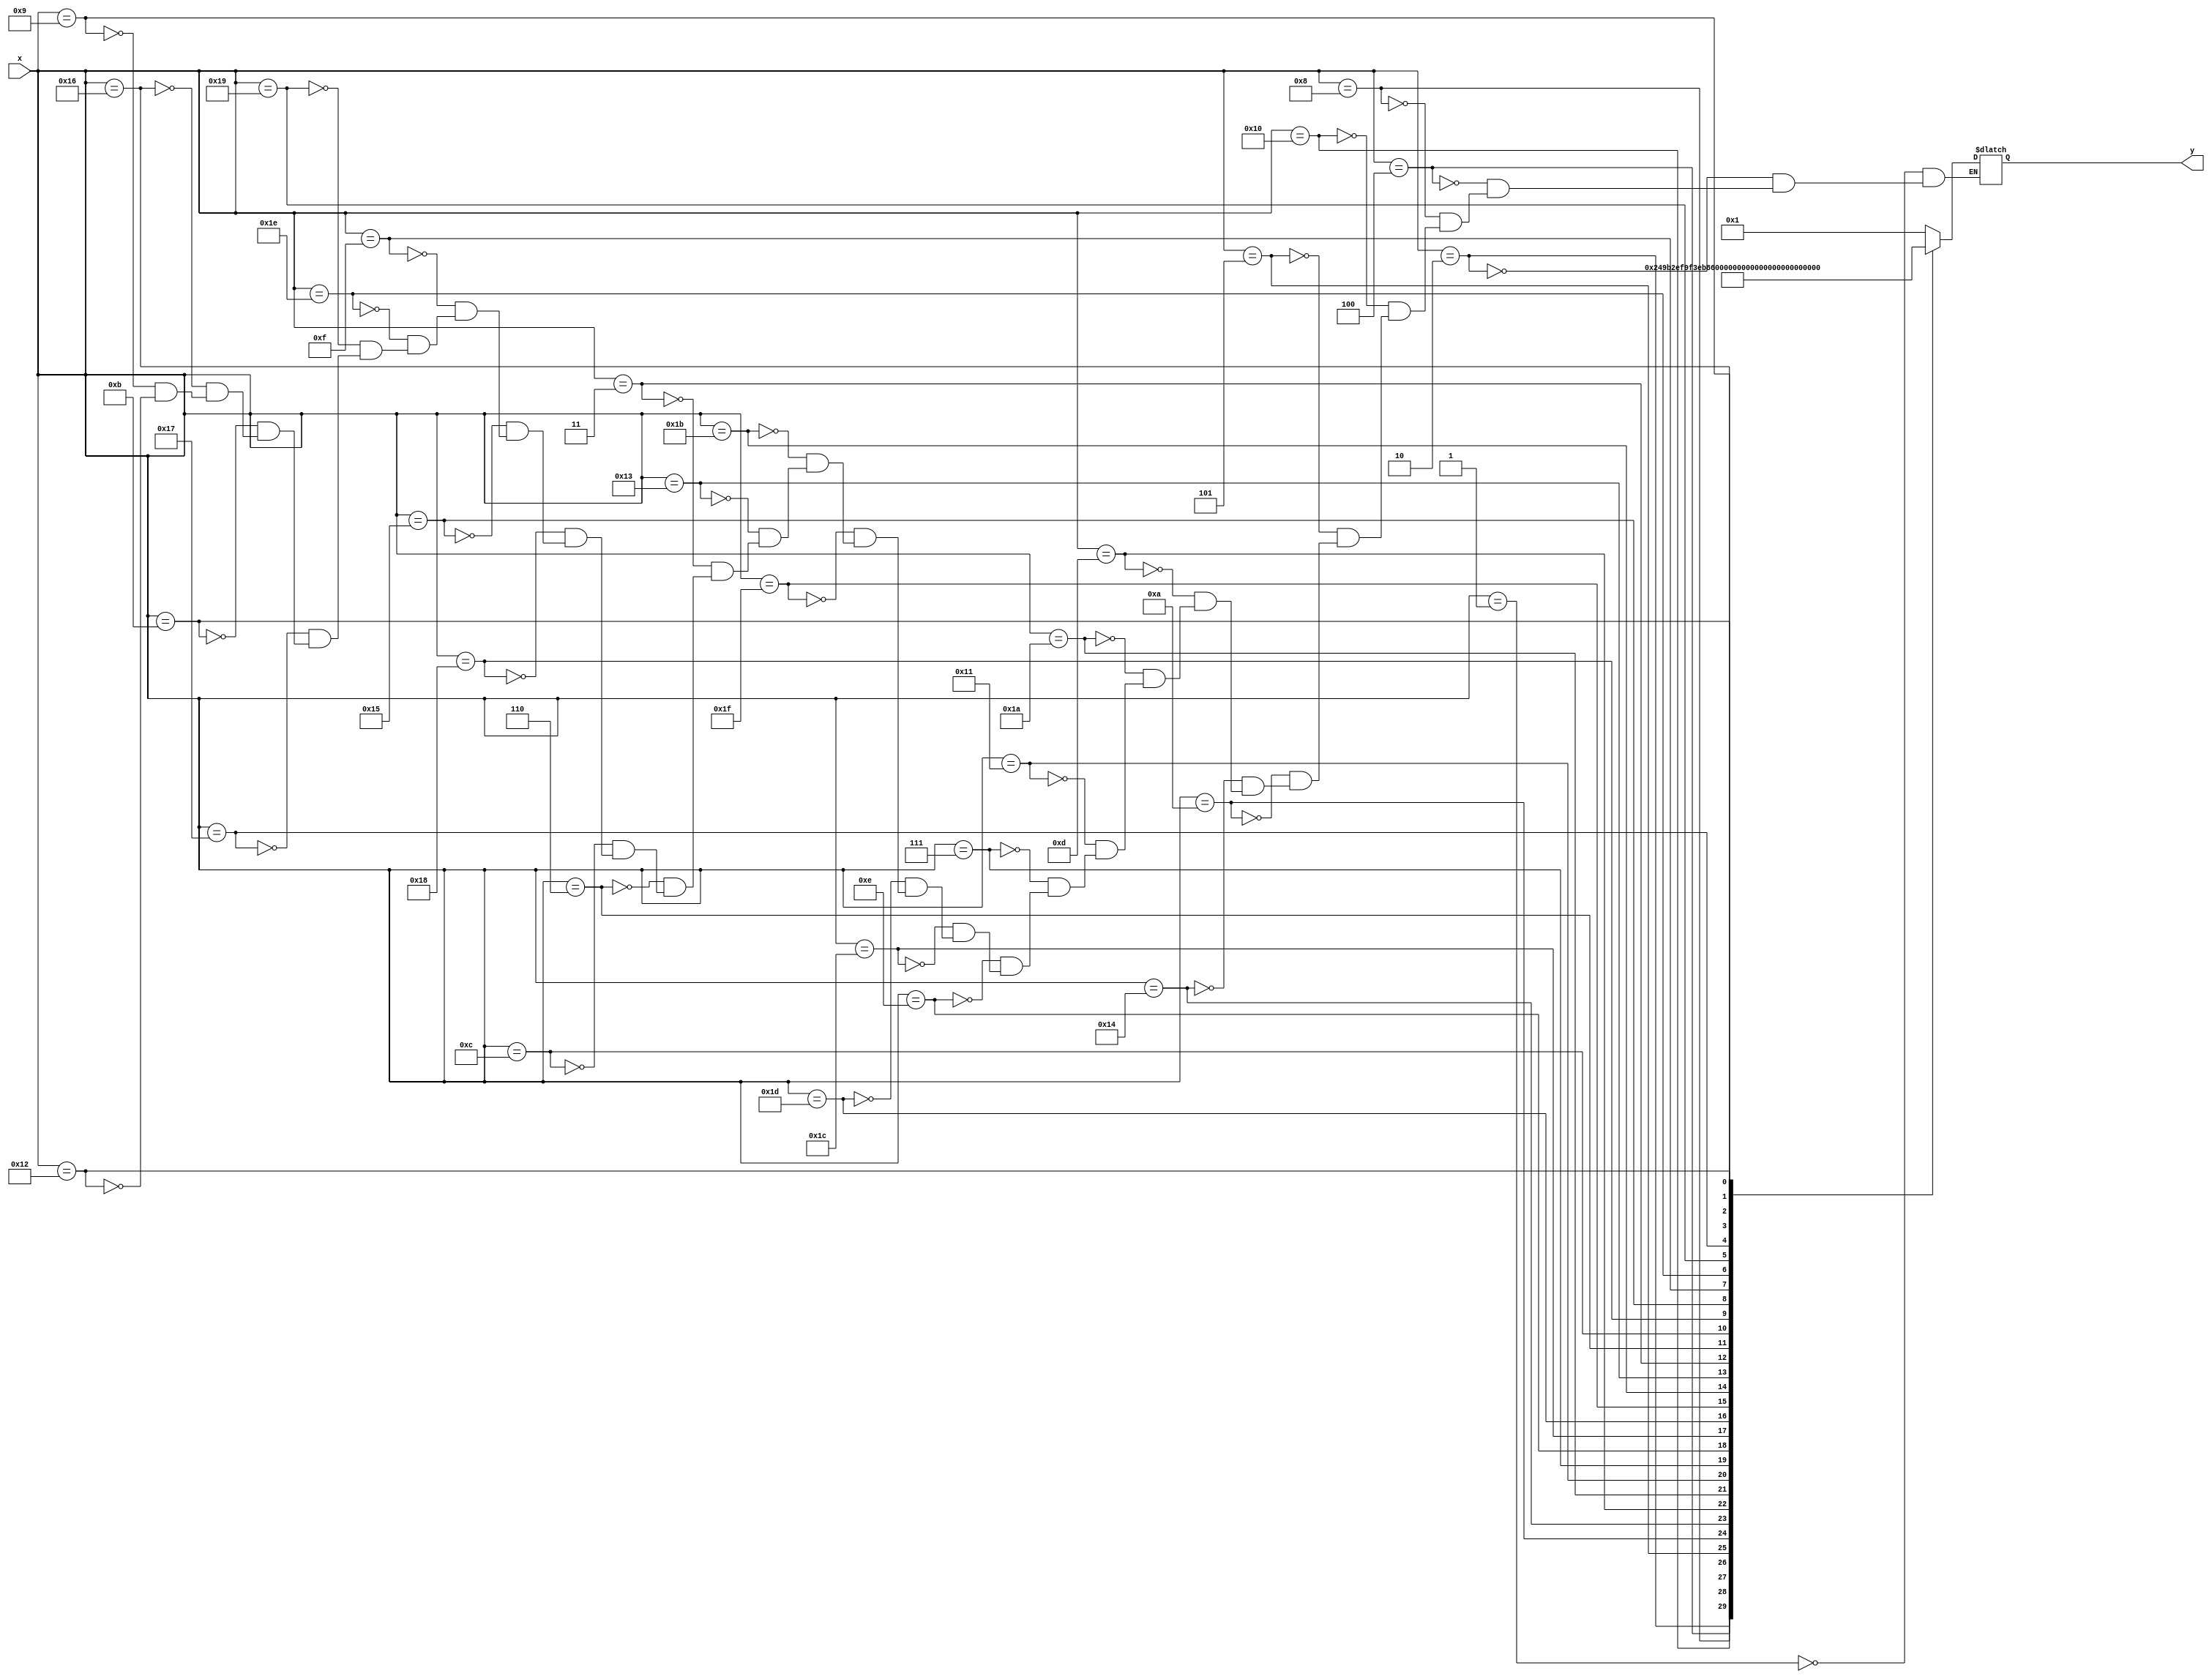
module inverse(y, x);
	input [4:0] x;
	output [4:0] y;
	reg [4:0] y;
	always @ (x)
	case (x) 
		1: y = 1; 
		2: y = 18; 
		4: y = 9; 
		8: y = 22; 
		16: y = 11; 
		5: y = 23; 
		10: y = 25; 
		20: y = 30; 
		13: y = 15; 
		26: y = 21; 
		17: y = 24; 
		7: y = 12; 
		14: y = 6; 
		28: y = 3; 
		29: y = 19; 
		31: y = 27; 
		27: y = 31; 
		19: y = 29; 
		3: y = 28; 
		6: y = 14; 
		12: y = 7; 
		24: y = 17; 
		21: y = 26; 
		15: y = 13; 
		30: y = 20; 
		25: y = 10; 
		23: y = 5; 
		11: y = 16; 
		22: y = 8; 
		9: y = 4; 
		18: y = 2; 
	endcase
endmodule